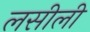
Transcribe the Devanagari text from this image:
लसीली